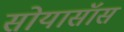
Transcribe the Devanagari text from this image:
सोयासॅास